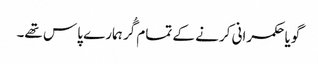
گویا حکمرانی کرنے کے تمام گُر ہمارے پاس تھے۔